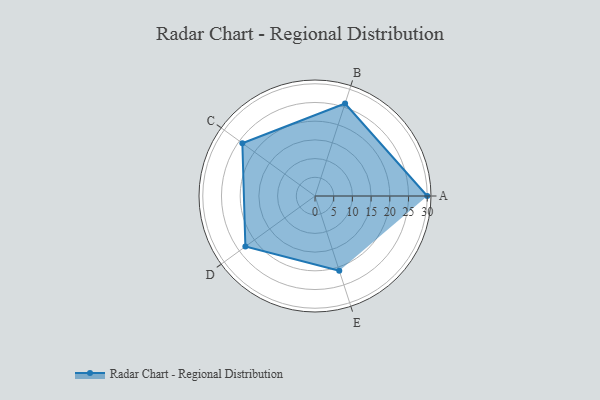
{"axis": {"x": "Skill", "y": "Score"}, "legend": ["Profile"], "data": [{"x": "A", "y": 30.0, "type": "Profile"}, {"x": "B", "y": 26.0, "type": "Profile"}, {"x": "C", "y": 24.0, "type": "Profile"}, {"x": "D", "y": 23.0, "type": "Profile"}, {"x": "E", "y": 21.0, "type": "Profile"}]}